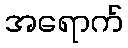
အရောက်